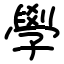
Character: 學